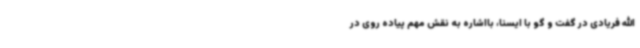
الله فریادی در گفت و گو با ایسنا، بااشاره به نقش مهم پیاده روی در